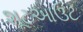
શૂટઆઉટ